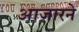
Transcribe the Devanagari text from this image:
आजारने